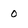
Character: 0